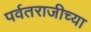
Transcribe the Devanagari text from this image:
पर्वतराजीच्या